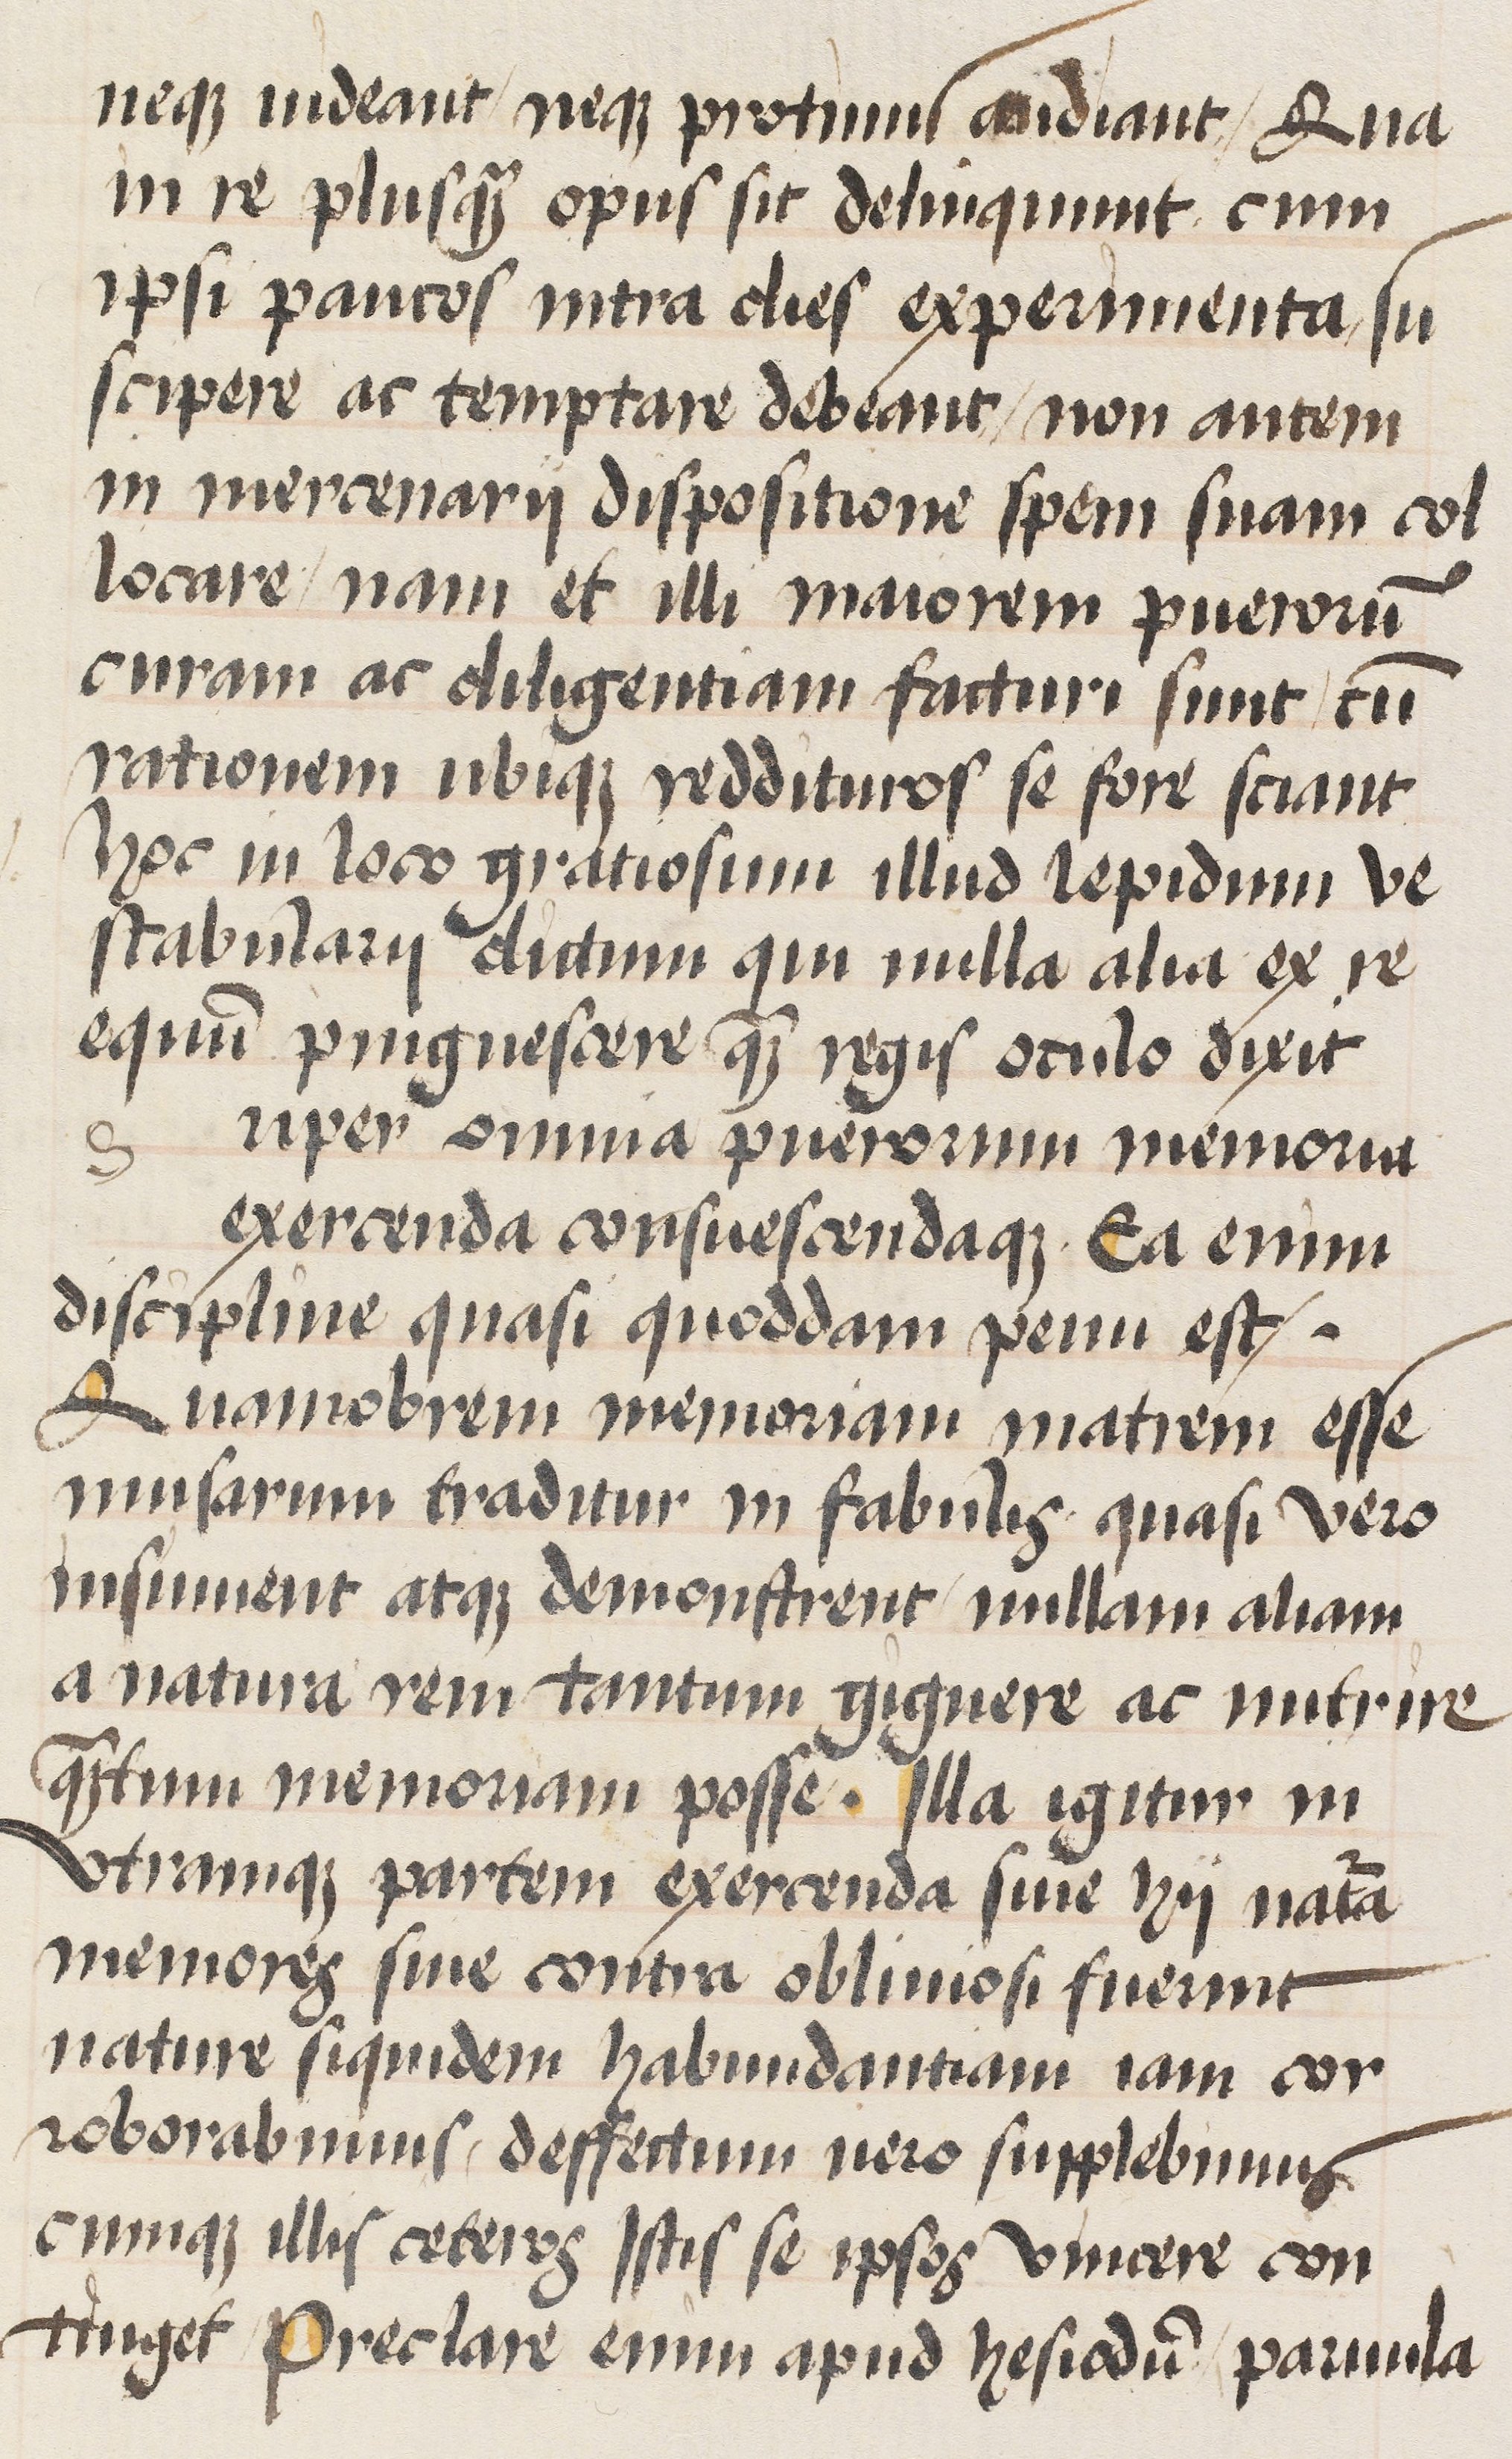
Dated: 1470–1488